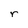
Character: r